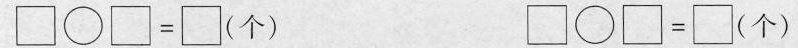
\Box \bigcirc \Box =\Box （个）\Box \bigcirc \Box =\Box （个）